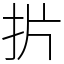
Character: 扸